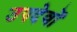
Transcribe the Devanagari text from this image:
उपदेवों